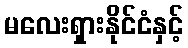
မလေးရှားနိုင်ငံနှင့်